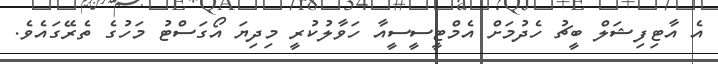
އެ އާޓިފިޝަލް ބީޗު ހެދުމަށް އެމްޓީސީސީއާ ހަވާލުކުރީ މިދިޔަ އޯގަސްޓު މަހުގެ ތެރޭގައެވެ.